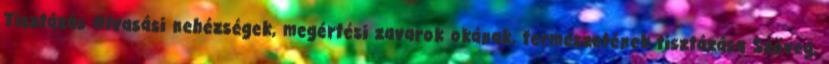
Tisztázás Olvasási nehézségek, megértési zavarok okának, természetének tisztázása Szöveg,